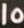
15